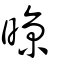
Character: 晾